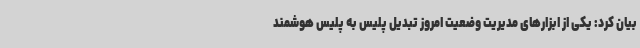
بیان کرد: یکی از ابزارهای مدیریت وضعیت امروز تبدیل پلیس به پلیس هوشمند